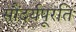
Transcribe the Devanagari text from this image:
सौंदर्यपूरति